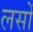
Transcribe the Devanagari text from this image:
लसों